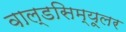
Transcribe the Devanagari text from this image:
वाल्डसिम्यूलर